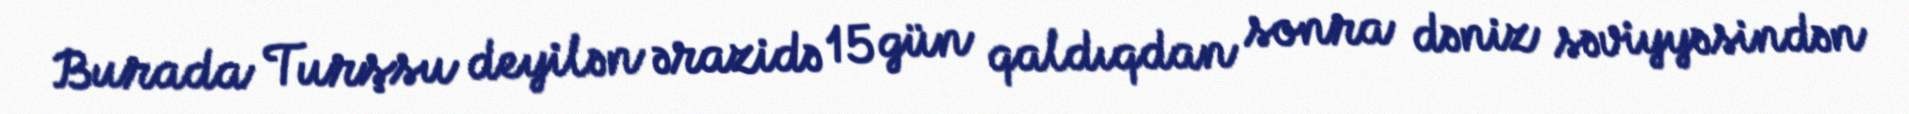
Burada Turşsu deyilən ərazidə 15 gün qaldıqdan sonra dəniz səviyyəsindən